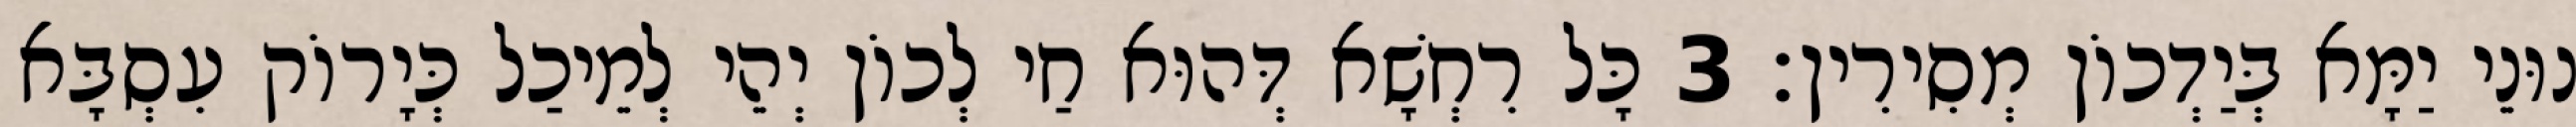
נוּנֵי יַמָּא בְּיַדְכוֹן מְסִירִין׃ 3 כָּל רִחְשָׁא דְּהוּא חַי לְכוֹן יְהֵי לְמֵיכַל כְּיָרוֹק עִסְבָּא